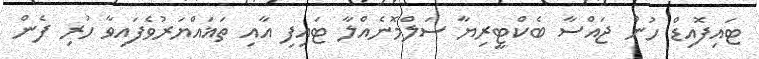
ޓައިފޮއިޑް ހުން ޖައްސާ ބެކްޓީރިޔާ ސަލްމޮނެއްލާ ޓައިފި އާއި ތަޣައްޔަރުވެފައިވާ ހުރި ފެން